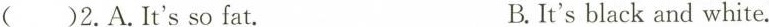
( )2.A.It'sso fat. B.It's black and white.